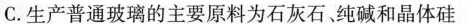
C.生产普通玻璃的主要原料为石灰石纯碱和晶体硅